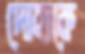
দোহাকে